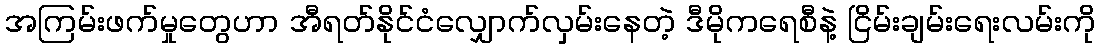
အကြမ်းဖက်မှုတွေဟာ အီရတ်နိုင်ငံလျှောက်လှမ်းနေတဲ့ ဒီမိုကရေစီနဲ့ ငြိမ်းချမ်းရေးလမ်းကို